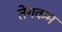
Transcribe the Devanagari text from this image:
तेंगकम